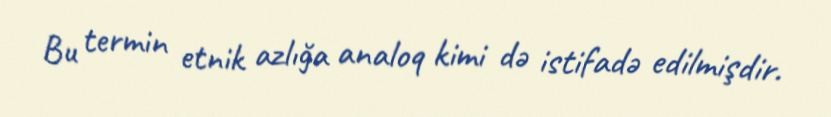
Bu termin etnik azlığa analoq kimi də istifadə edilmişdir.